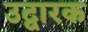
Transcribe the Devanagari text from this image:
उद्वारक